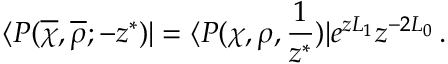
\langle P ( \overline { { \chi } } , \overline { { \rho } } ; - z ^ { \ast } ) | = \langle P ( \chi , \rho , { \frac { 1 } { z ^ { \ast } } } ) | e ^ { z L _ { 1 } } z ^ { - 2 L _ { 0 } } \, .